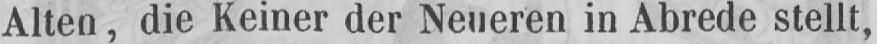
Alten, die Keiner der Neueren in Abrede stellt,